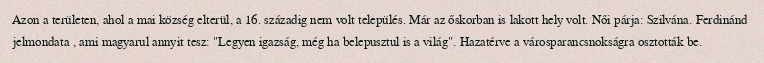
Azon a területen, ahol a mai község elterül, a 16. századig nem volt település. Már az őskorban is lakott hely volt. Női párja: Szilvána. Ferdinánd jelmondata , ami magyarul annyit tesz: "Legyen igazság, még ha belepusztul is a világ". Hazatérve a városparancsnokságra osztották be.